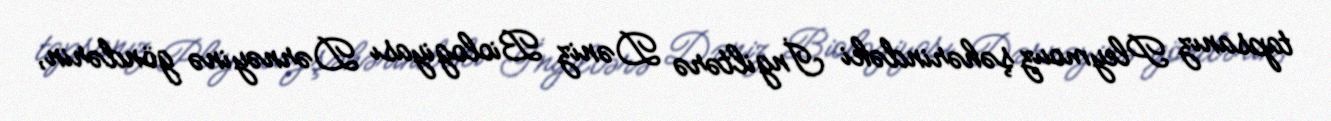
tapsanız Pleymouz şəhərindəki İngiltərə Dəniz Biologiyası Dərnəyinə göndərin,